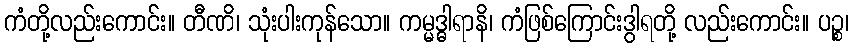
ကံတို့လည်းကောင်း။ တီဏိ၊ သုံးပါးကုန်သော။ ကမ္မဒ္ဓါရာနိ၊ ကံဖြစ်ကြောင်းဒွါရတို့ လည်းကောင်း။ ပဉ္စ၊